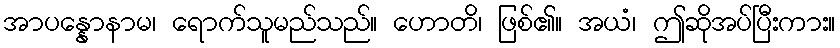
အာပန္နောနာမ၊ ရောက်သူမည်သည်။ ဟောတိ၊ ဖြစ်၏။ အယံ၊ ဤဆိုအပ်ပြီးကား။